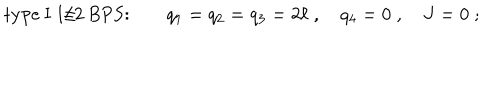
\mathrm { t y p e ~ I ~ 1 / 2 ~ B P S : } \qquad q _ { 1 } = q _ { 2 } = q _ { 3 } = 2 \ell \; , \quad q _ { 4 } = 0 \; , \quad J = 0 \; ;